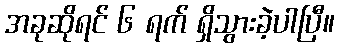
အခုဆိုရင် ၆ ရက် ရှိသွားခဲ့ပါပြီ။